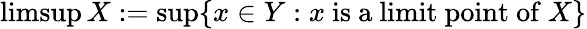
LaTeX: \operatorname*{limsup}X:=\operatorname*{sup}\{ x\in Y:x{\mathrm{~is~a~limit~point~of~}}X\}